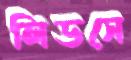
লিডসে